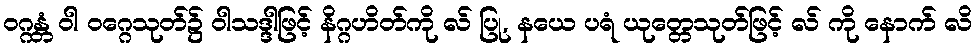
ဝဂ္ဂန္တံ ဝါ ဝဂ္ဂေသုတ်၌ ဝါသဒ္ဒါဖြင့် နိဂ္ဂဟိတ်ကို လ် ပြု, နယေ ပရံ ယုတ္တေသုတ်ဖြင့် လ် ကို နောက် လိ